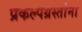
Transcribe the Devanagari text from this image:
प्रकल्पग्रस्तांना